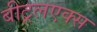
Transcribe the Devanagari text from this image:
बीट्रलएक्स